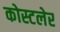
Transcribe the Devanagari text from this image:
कोस्टलेर